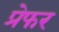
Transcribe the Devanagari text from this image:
प्रेफर